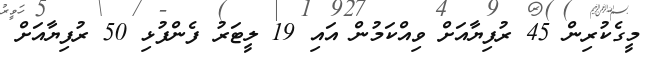
މީގެކުރިން 45 ރުފިޔާއަށް ވިއްކަމުން އައި 19 ލީޓަރު ފެންފުޅި 50 ރުފިޔާއަށް